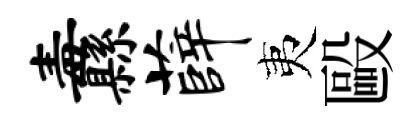
纛薛夷毆